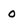
Character: 0